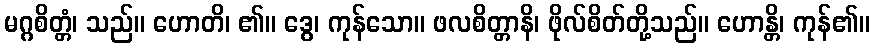
မဂ္ဂစိတ္တံ၊ သည်။ ဟောတိ၊ ၏။ ဒွေ၊ ကုန်သော။ ဖလစိတ္တာနိ၊ ဖိုလ်စိတ်တို့သည်။ ဟောန္တိ၊ ကုန်၏။